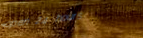
open 24 hours